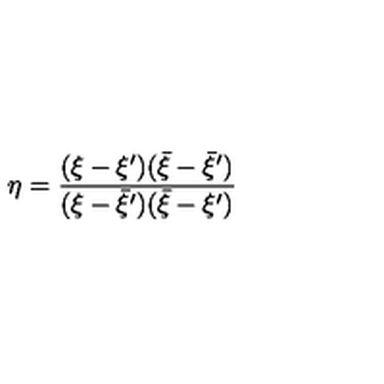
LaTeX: \eta = \frac { ( \xi - \xi ^ { \prime } ) ( \bar { \xi } - \bar { \xi } ^ { \prime } ) } { ( \xi - \bar { \xi } ^ { \prime } ) ( \bar { \xi } - \xi ^ { \prime } ) }